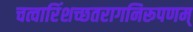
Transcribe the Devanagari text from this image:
चत्वारिंशच्छतरागनिरूपणम्‌